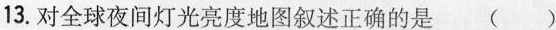
13.对全球夜间灯光亮度地图叙述正确的是( )